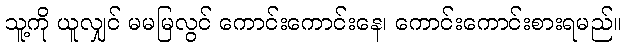
သူ့ကို ယူလျှင် မမမြလွင် ကောင်းကောင်းနေ၊ ကောင်းကောင်းစားရမည်။